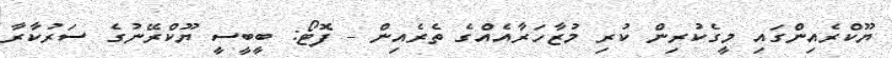
ޔޫކްރެއިންގައި މީގެކުރިން ކުރި މުޒާހަރާއެއްގެ ތެރެއިން - ފޮޓޯ: ބީބީސީ ޔޫކްރޭނުގެ ސަރުކާރާ